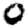
Digit: 0